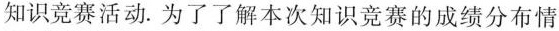
知识竞赛活动。为了了解本次知识竞赛的成绩分布情